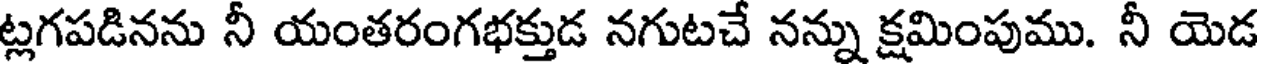
ట్లగపడినను నీ యంతరంగభక్తుడ నగుటచే నన్ను క్షమింపుము. నీ యెడ